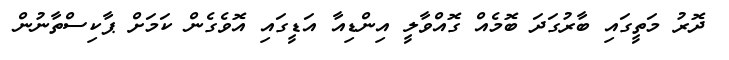
ދޮރު މަތީގައި ބާރުގަދަ ބޮމެއް ގޮއްވާލީ އިންޑިއާ އަޑީގައި އޮވެގެން ކަމަށް ޕާކިސްތާނުން